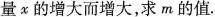
x的增大而增大，求m的值.